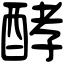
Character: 酵